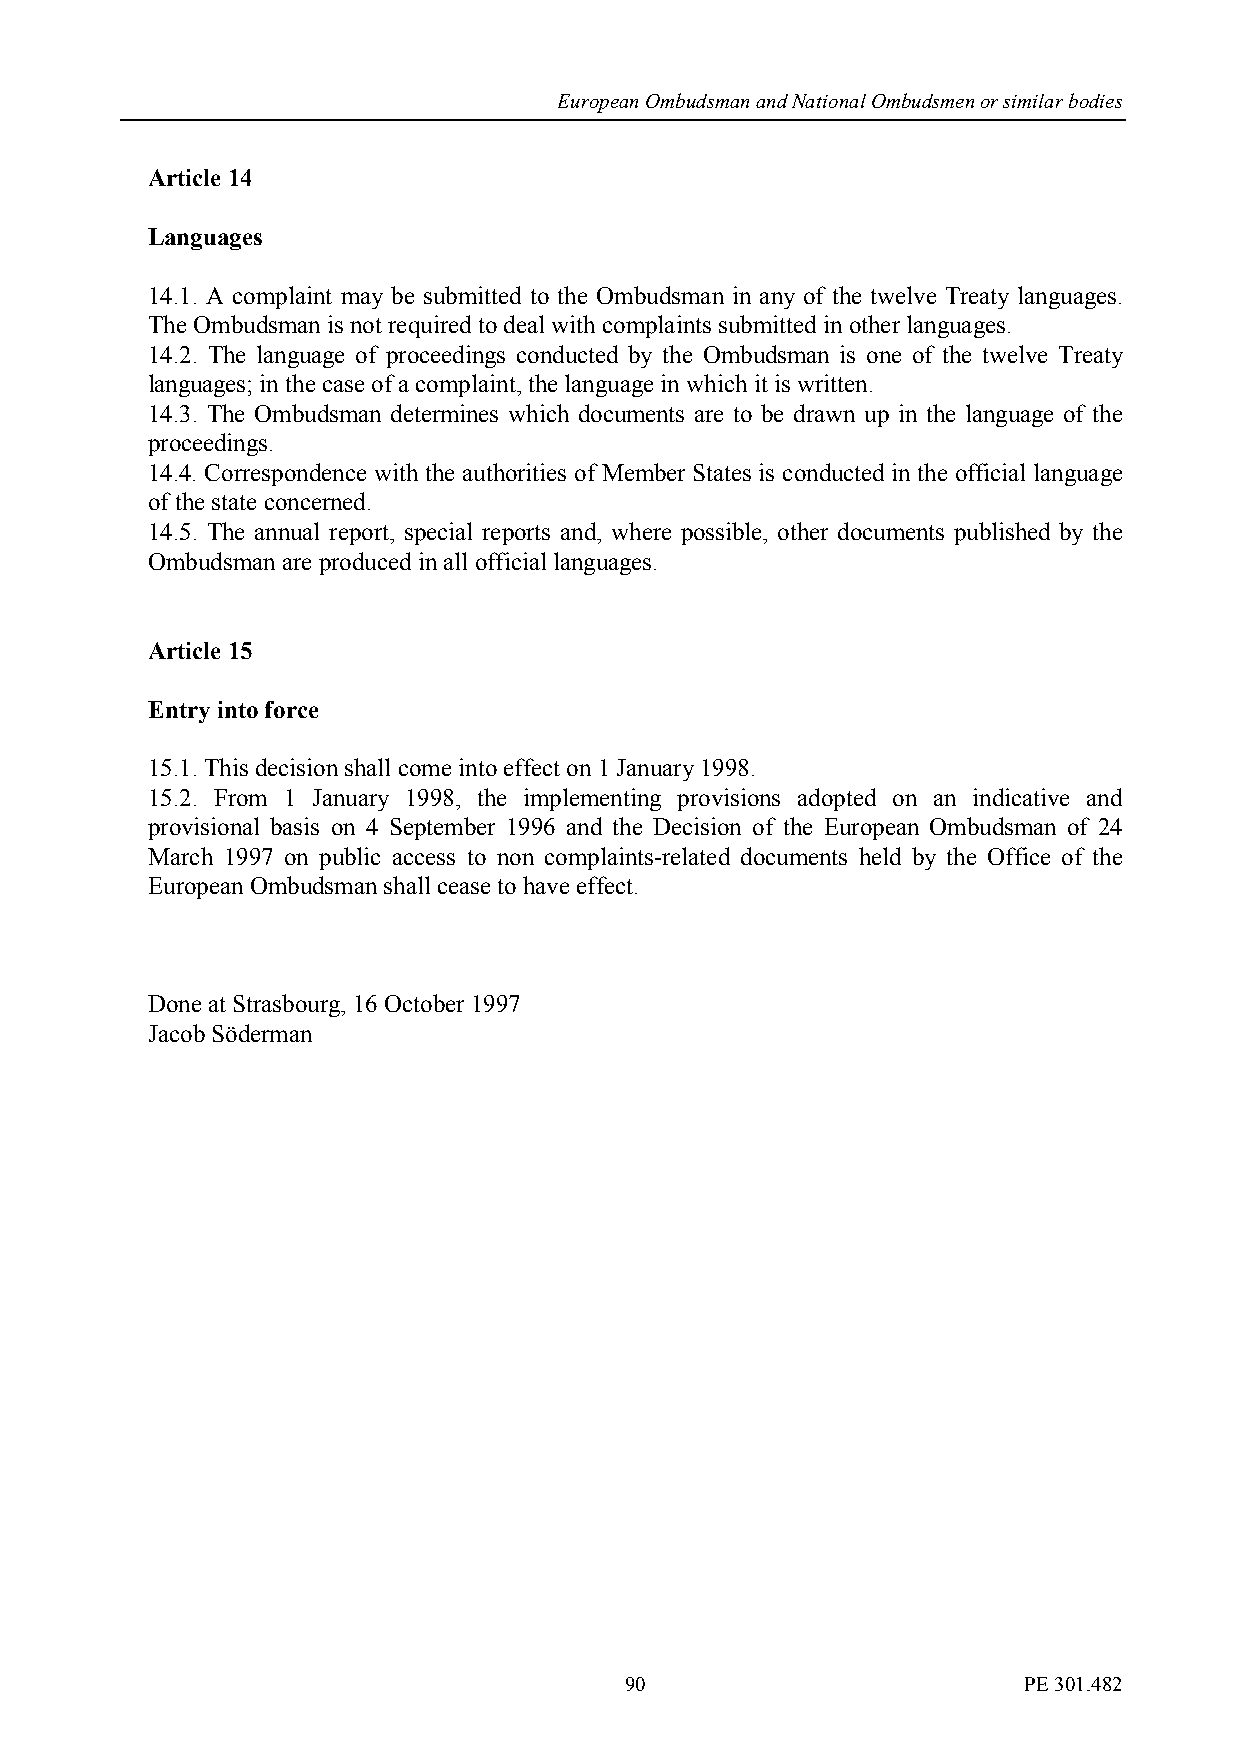
European Ombudsman and National Ombudsmen or similar bodies
 Article 14
 Languages
 14.1. A complaint may be submitted to the Ombudsman in any of the twelve Treaty languages.
 The Ombudsman is not required to deal with complaints submitted in other languages.
 14.2. The language of proceedings conducted by the Ombudsman is one of the twelve Treaty
 languages; in the case of a complaint, the language in which it is written.
 14.3. The Ombudsman determines which documents are to be drawn up in the language of the
 proceedings.
 14.4. Correspondence with the authorities of Member States is conducted in the official language
 of the state concerned.
 14.5. The annual report, special reports and, where possible, other documents published by the
 Ombudsman are produced in all official languages.
 Article 15
 Entry into force
 15.1. This decision shall come into effect on 1 January 1998.
 15.2. From 1 January 1998, the implementing provisions adopted on an indicative and
 provisional basis on 4 September 1996 and the Decision of the European Ombudsman of 24
 March 1997 on public access to non complaints-related documents held by the Office of the
 European Ombudsman shall cease to have effect.
 Done at Strasbourg, 16 October 1997
 Jacob Söderman
 90                         PE 301.482